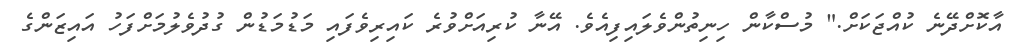
އާކޮށްދޭނެ ކުއްޖަކަށް." މުސްކާން ހިނިތުންވެލައިފިއެވެ. އޭނާ ކުރިއަށްވުރެ ކައިރިވެފައި މަޑުމަޑުން ގުދުވެލުމަށްފަހު އައިޒަންގެ